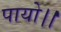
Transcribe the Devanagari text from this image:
पायो।।